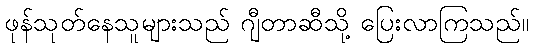
ဖုန်သုတ်နေသူများသည် ဂျီတာဆီသို့ ပြေးလာကြသည်။